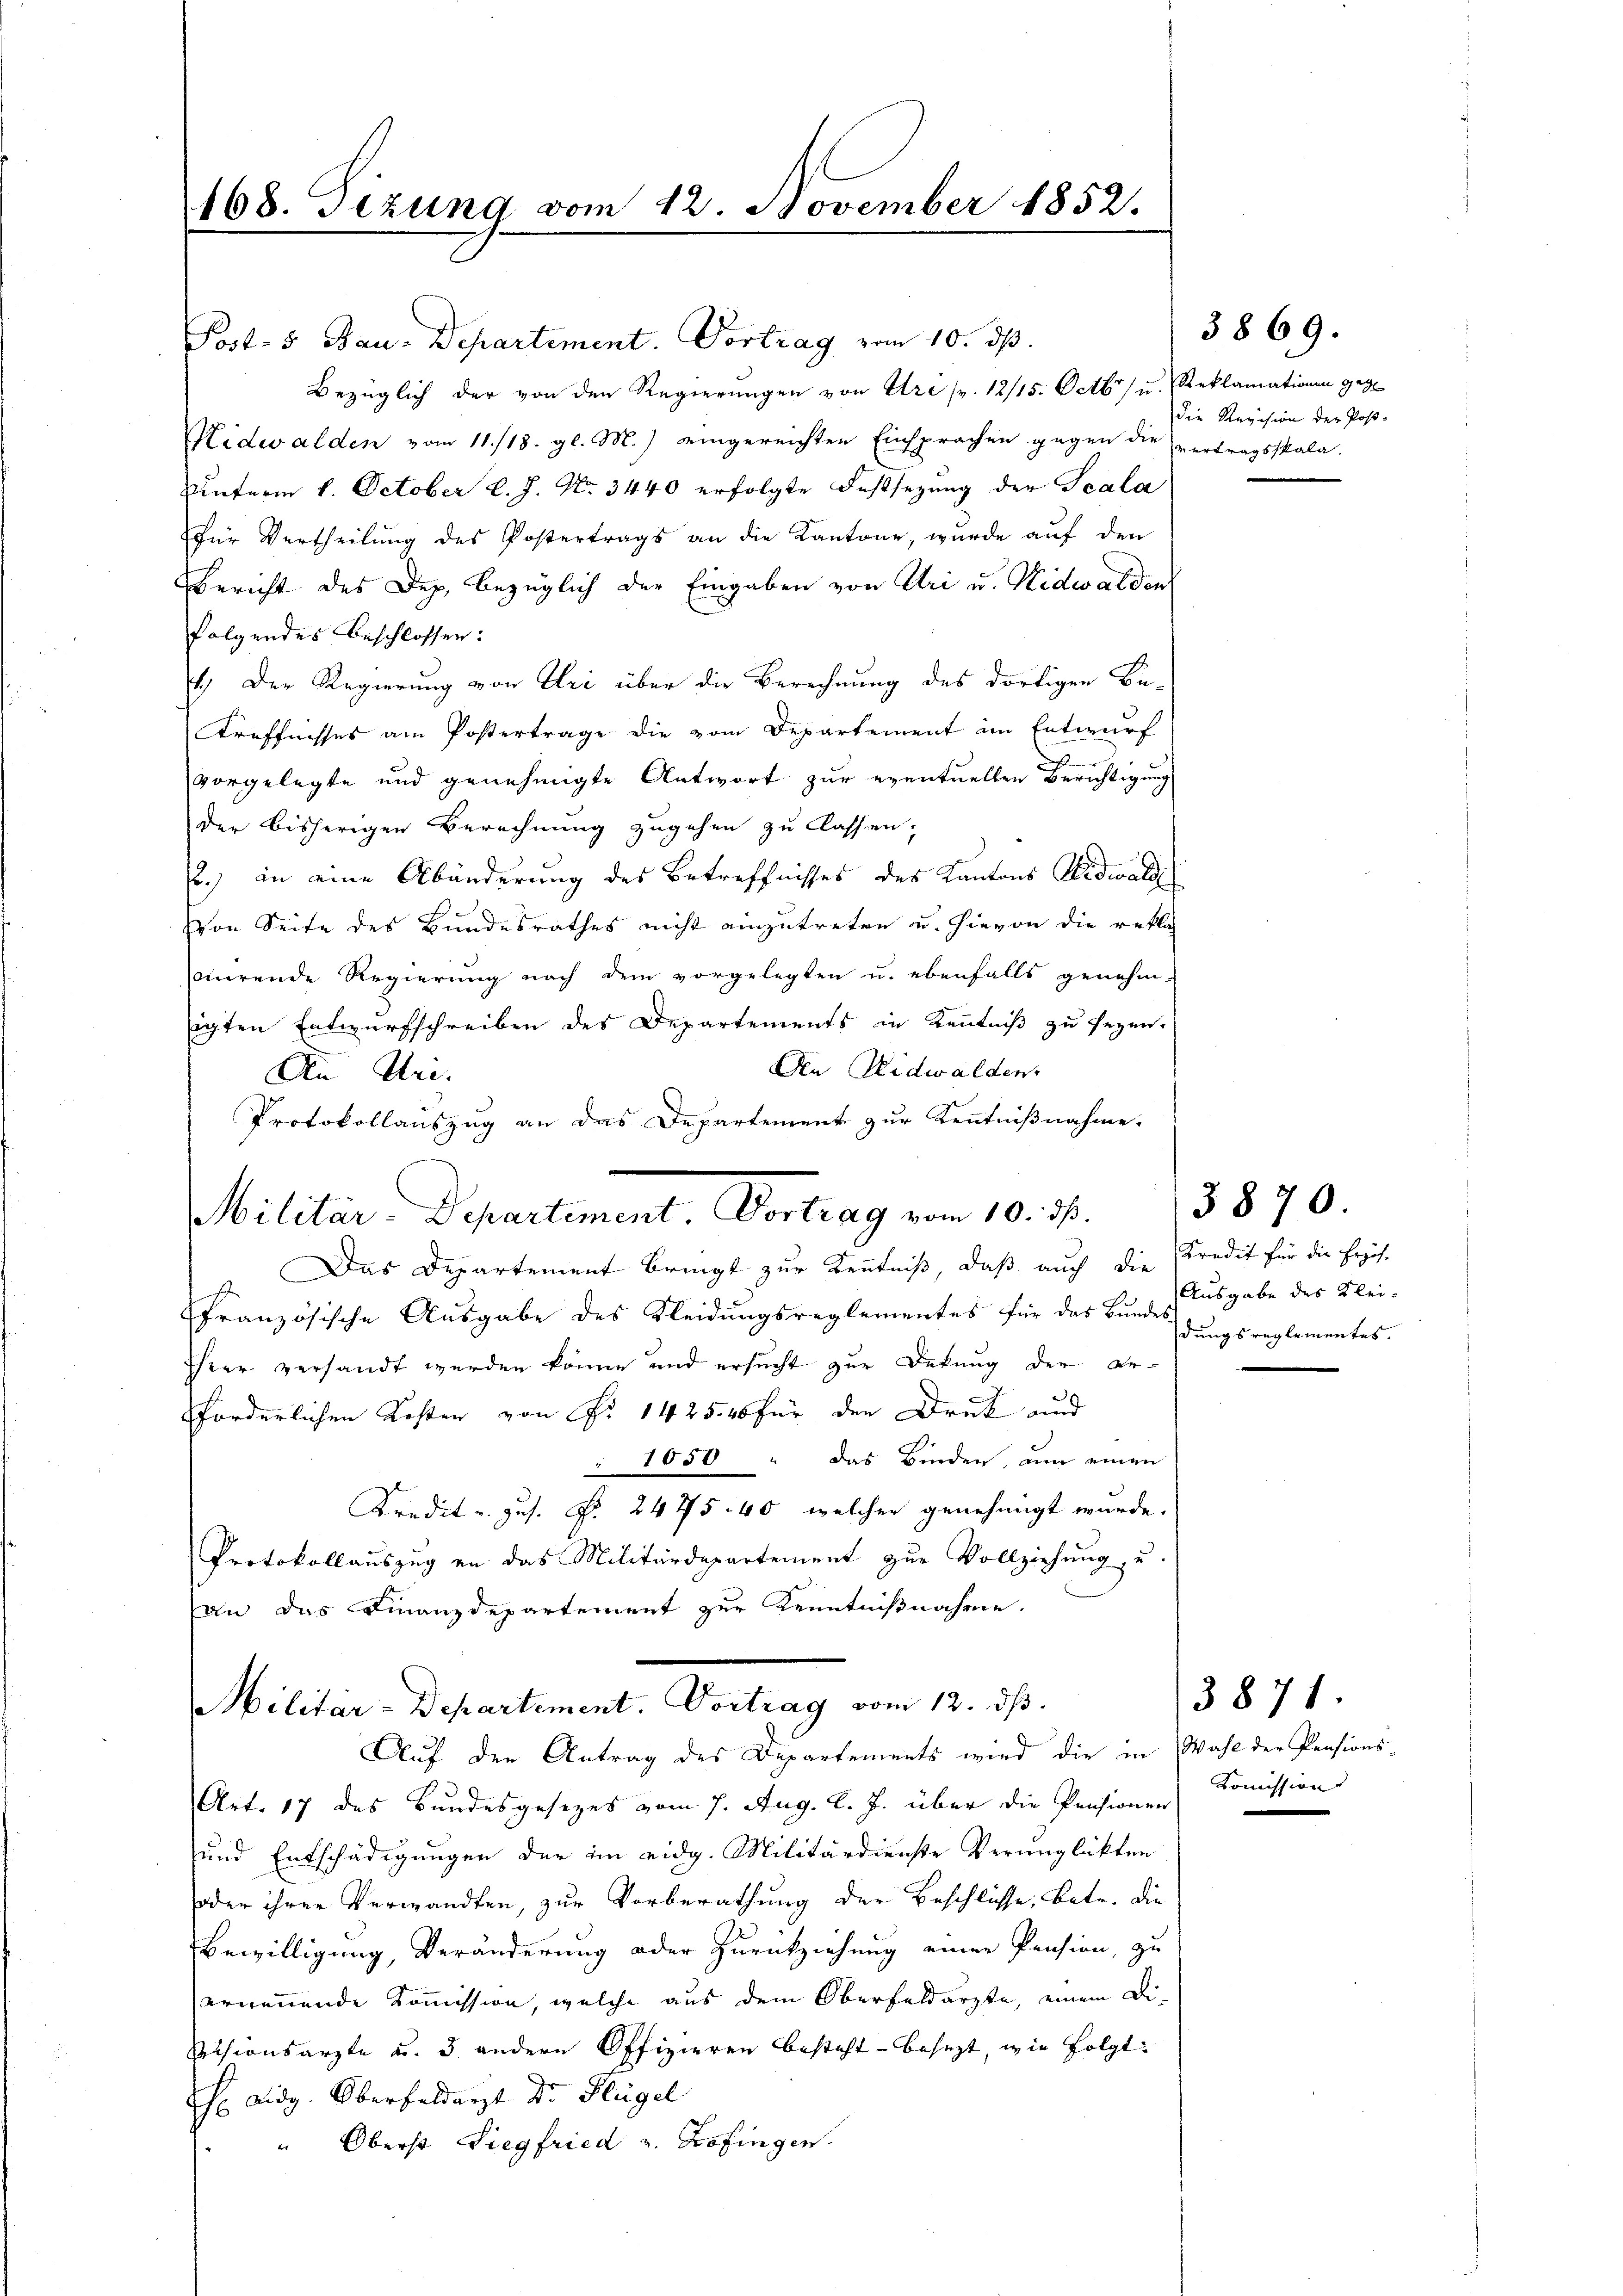
Post- 5 Bau-Departement. Vortrag vom 10. ds.
Bezüglich der von den Regierŭngen von Ure pr. 12/15. Octbr. u. Reklamationen gege
Nidwalden vom 11./18. gl. M.) eingereichten Einsprachen gegen die vertragsspala.
Unterm 1. October l. J. No. 3440 erfolgte Festsetzung der Scala
für Vertheilung des Postertrags an die Kantone, wurde auf den
Bericht des Dez. bezüglich der Eingaben von Uri u. Nidwalden
folgendes Beschlossen:
11.) Der Regierung von Uri über die Berechnung des dortigen Be-
Treffnisses am Postertrage die vom Departement im Entwurf
vorgelegte und genehmigte Antwort zur eventuellen Berichtigung
der bisherigen Berechnung zugehen zu Classen,
.) an eine Abänderung des Betreffnisses des Kantons Nidwald
Von Seite des Bundesrathes nicht einzutreten u. hievon die rekla
cirende Regierung nach dem vorgelegten u. ebenfalls genehm-
igten Entwurfschreiben des Departements in Kenntniß zu sezen.
Den Nidwalden.
An Un¬
Protokollauszug an das Departement zur Kenntnißnahme.
Militar Departement. Vortrag vom 10. d.
Das Departement bringt zur Kenntniß, daß auch die Kredit für die Erzäh
Französische Ausgabe des Kleidungsreglementes für das Bundesgungsreglementes
Ihrer versandt werden könne und ersucht zur Dekung der Er-
forderlichen Kosten von Nr. 142540 für den Druck und
 1050 das Binden, um einen
Kredit u. gus. S. 2475. 40, welcher genehmigt wurde.
Protokollauszug an das Militärdepartement zur Vollziehung, u.
an das Finanzdepartement zur Kenntnißnahme.

168. Sezung vom 12. November 1852.

Art. 17 des Bundesgesezes vom 7. Aug. l. J. über die Pensionen
und Entschädigungen der im eidg. Militärdienste Verunglükten
oder ihrer Verwandten, zur Vorberathung der Beschlüsse, betr. die
Bewilligung, Veränderung oder Zurückziehung einer Pension, zu
ernennende Kommission, welche aus dem Oberfeldarzte, einem Di¬
Sessionsarzte u. 3 andern Offizieren besteht - besezt wie folgt:
h Aidg. Oberfeldarzt Dr. Flügel
" Oberst Siegfried u. Zofingen.

Militar-Departement. Vortrag vom 12. ds.
Auf den Antrag des Departements wird die in

Die Revision der Post-

38 69.

Ausgabe des Klei¬

3870.

3871
Wahl der Pensions-
Kommission